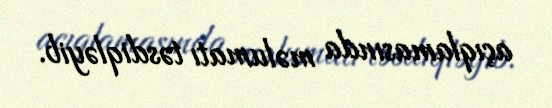
açıqlamasında məlumatı təsdiqləyib.